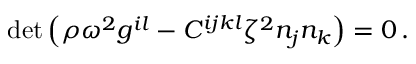
\operatorname* { d e t } \left( \rho \omega ^ { 2 } g ^ { i l } - C ^ { i j k l } \zeta ^ { 2 } n _ { j } n _ { k } \right) = 0 \, .